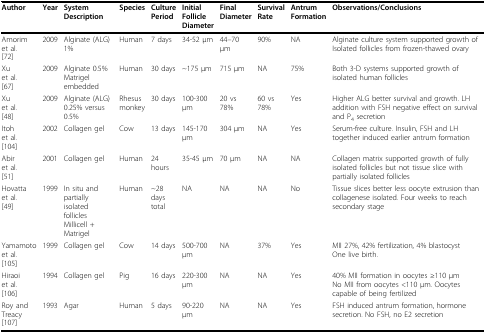
| Author | Year | SystemDescription | Species | CulturePeriod | InitialFollicleDiameter | FinalDiameter | SurvivalRate | AntrumFormation | Observations/Conclusions |
 | --- | --- | --- | --- | --- | --- | --- | --- | --- | --- |
 | Amorimet al.[72] | 2009 | Alginate (ALG)1% | Human | 7 days | 34-52 μm | 44--70 μm | 90% | NA | Alginate culture system supported growth of Isolated follicles from frozen-thawed ovary |
 | Xuet al.[67] | 2009 | Alginate 0.5%Matrigel embedded | Human | 30 days | ~175 μm | 715 μm | NA | 75% | Both 3-D systems supported growth of isolated human follicles |
 | Xuet al.[48] | 2009 | Alginate (ALG) 0.25% versus 0.5% | Rhesus monkey | 30 days | 100-300 μm | 20 vs 78% | 60 vs 78% | Yes | Higher ALG better survival and growth. LH addition with FSH negative effect on survival and P4 secretion |
 | Itohet al.[104] | 2002 | Collagen gel | Cow | 13 days | 145-170 μm | 304 μm | NA | Yes | Serum-free culture. Insulin, FSH and LH together induced earlier antrum formation |
 | Abiret al.[51] | 2001 | Collagen gel | Human | 24 hours | 35-45 μm | 70 μm | NA | NA | Collagen matrix supported growth of fully isolated follicles but not tissue slice with partially isolated follicles |
 | Hovattaet al.[49] | 1999 | In situ and partially isolated folliclesMillicell + Matrigel | Human | ~28 daystotal | NA | NA | NA | No | Tissue slices better less oocyte extrusion than collagenese isolated. Four weeks to reach secondary stage |
 | Yamamotoet al.[105] | 1999 | Collagen gel | Cow | 14 days | 500-700 μm | NA | 37% | Yes | MII 27%, 42% fertilization, 4% blastocystOne live birth. |
 | Hiraoiet al.[106] | 1994 | Collagen gel | Pig | 16 days | 220-300 μm | NA | NA | Yes | 40% MII formation in oocytes ≥110 μmNo MII from oocytes <110 μm. Oocytes capable of being fertilized |
 | Roy and Treacy[107] | 1993 | Agar | Human | 5 days | 90-220 μm | NA | NA | Yes | FSH induced antrum formation, hormone secretion. No FSH, no E2 secretion |